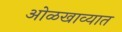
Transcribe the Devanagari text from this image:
ओळखाव्यात